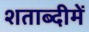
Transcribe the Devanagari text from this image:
शताब्‍दीमें